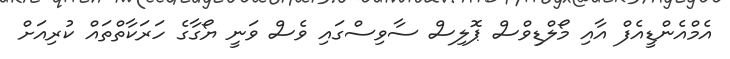
އެމްއެންޑީއެފް އާއި މޯލްޑިވްސް ޕޮލިސް ސާވިސްގައި ވެސް ވަނީ ޔޯގާގެ ހަރަކާތްތައް ކުރިއަށް